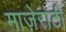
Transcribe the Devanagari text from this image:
माज़ेराटी